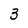
Character: 3